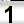
Digit: 1